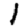
Digit: 1